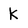
Character: k